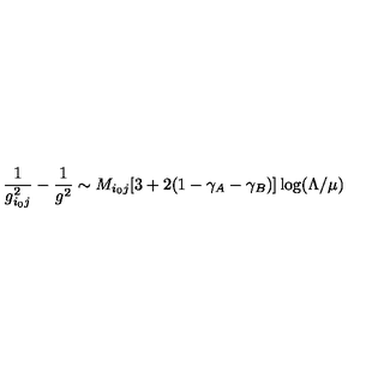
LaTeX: \frac { 1 } { g _ { i _ { 0 } j } ^ { 2 } } - \frac { 1 } { g ^ { 2 } } \sim M _ { i _ { 0 } j } [ 3 + 2 ( 1 - \gamma _ { A } - \gamma _ { B } ) ] \log ( \Lambda / \mu )